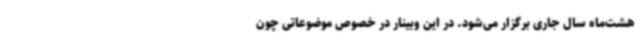
هشت‌ماه سال جاری برگزار می‌شود. در این وبینار در خصوص موضوعاتی چون